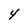
Character: 4